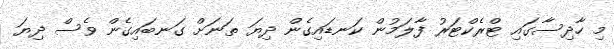
މި ހާދިސާގައި ޓްރެކްޓަރު ފާލަމުން ކަނޑައިގެން ދިޔަ ތަނަށް ގަނބައިގެން ވެސް ދިޔަ